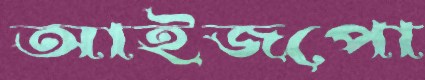
আইজপো